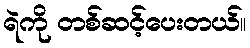
ရဲကို တစ်ဆင့်ပေးတယ်။